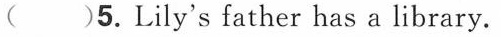
( )5.Lily's father has a library.